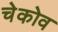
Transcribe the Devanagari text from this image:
चेकोव